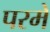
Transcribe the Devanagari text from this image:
परमे